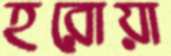
হরোয়া